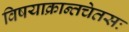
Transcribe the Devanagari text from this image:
विषयाक्रान्तचेतसः